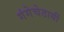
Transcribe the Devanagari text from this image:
गंगेचेठायीं